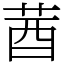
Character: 莤